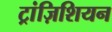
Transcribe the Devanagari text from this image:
ट्रांज़िशियन